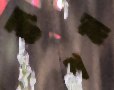
ভিলস্না